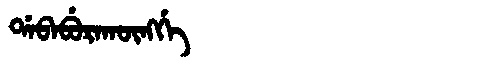
Manchu: ᡩᠠᠪᠠᠪᡠᡵᠠᡴᡡᠩᡤᡝ
Romanization: DABABURAKŪNGGE